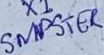
Text: SMPSTER